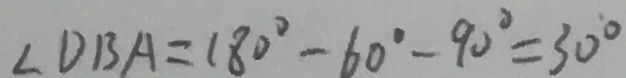
\angle D B A = 1 8 0 ^ { \circ } - 6 0 ^ { \circ } - 9 0 ^ { \circ } = 3 0 ^ { \circ }